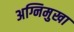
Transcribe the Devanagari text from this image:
अग्निमुखा